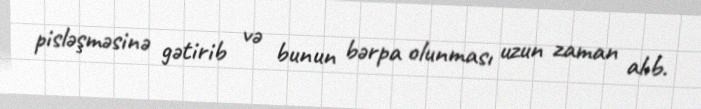
pisləşməsinə gətirib və bunun bərpa olunması uzun zaman alıb.